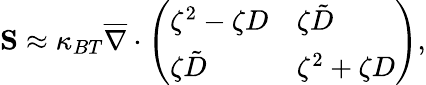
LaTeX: \mathbf{S}\approx\kappa_{BT}\overline{{\nabla}}\cdot\left(\begin{array}{ll}{\zeta^{2}-\zeta D}&{\zeta\tilde{D}}\\ {\zeta\tilde{D}}&{\zeta^{2}+\zeta D}\end{array}\right),